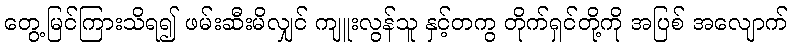
တွေ့မြင်ကြားသိရ၍ ဖမ်းဆီးမိလျှင် ကျူးလွန်သူ နှင့်တကွ တိုက်ရှင်တို့ကို အပြစ် အလျောက်